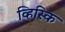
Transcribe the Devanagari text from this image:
व्हिस्कि